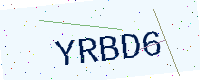
Text: YRBD6